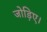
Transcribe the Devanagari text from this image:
जोड़िए।